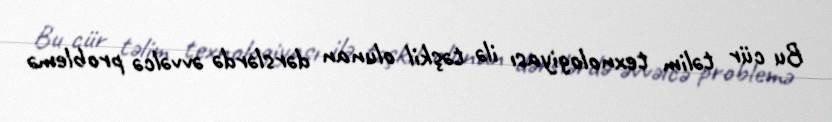
Bu cür təlim texnologiyası ilə təşkil olunan dərslərdə əvvəlcə problemə